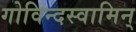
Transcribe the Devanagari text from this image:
गोविन्दस्वामिन्